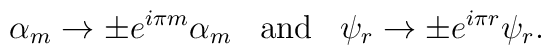
\alpha_m\rightarrow \pm e^{i\pi m}\alpha_m\;\;\;\mbox{and}\;\;\;\psi_r\rightarrow \pm e^{i\pi r} \psi_r.